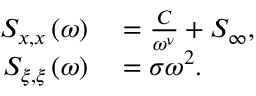
\begin{array} { r l } { S _ { x , x } \left( \omega \right) } & { { } = \frac { C } { \omega ^ { \nu } } + S _ { \infty } , } \\ { S _ { \xi , \xi } \left( \omega \right) } & { { } = \sigma \omega ^ { 2 } . } \end{array}